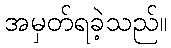
အမှတ်ရခဲ့သည်။